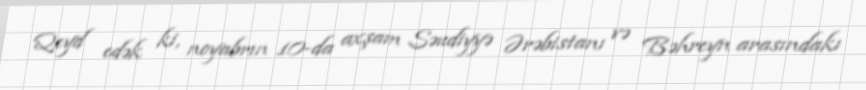
Qeyd edək ki, noyabrın 10-da axşam Səudiyyə Ərəbistanı və Bəhreyn arasındakı